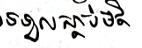
ទទួលស្តាប់មតិ